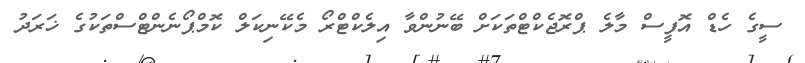
ސީގެ ހެޑް އޮފީސް މާލެ ޕްރޮޖެކްޓްތަކަށް ބޭނުންވާ އިލެކްޓްރޯ މެކޭނިކަލް ކޮމްޕޯނެންޓްސްތަކުގެ ޚަރަދު